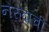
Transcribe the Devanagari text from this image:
नेरुदाची